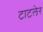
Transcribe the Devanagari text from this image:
टाटलेर